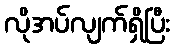
လိုအပ်လျက်ရှိပြီး